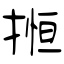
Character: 搄